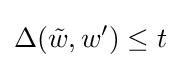
\Delta ({\tilde {w}},w')\leq t